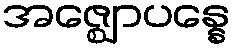
အဇ္ဈောပန္နေ